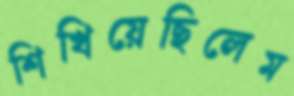
শিখিয়েছিলেম